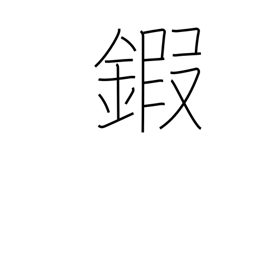
Meaning: armour neck plates